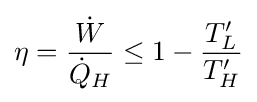
\eta ={\frac {\dot {W}}{{\dot {Q}}_{H}}}\leq 1-{\frac {T_{L}'}{T_{H}'}}